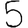
Digit: 5